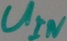
Text: UIN